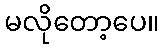
မလိုတော့ပေ။